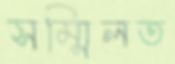
সম্মিলত